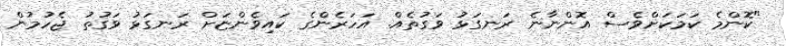
"ކޮންމެ ކަމަކަށްވެސް އޮންނާނެ ރަނގަޅު ވަގުތެއް. އަހަރެންގެ ކައިވެންޏަށް ރަނގަޅު ވަގުތު ޖެހުމުން